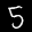
Label: 5